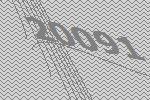
20091